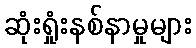
ဆုံးရှုံးနစ်နာမှုများ